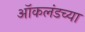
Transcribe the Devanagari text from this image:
ऑकलंडच्या